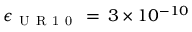
\epsilon _ { \mathrm { ~ U ~ R ~ 1 ~ 0 ~ } } \, = \, 3 \times 1 0 ^ { - 1 0 }